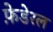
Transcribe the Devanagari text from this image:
फ़ेडेरल